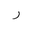
Letter: _ra